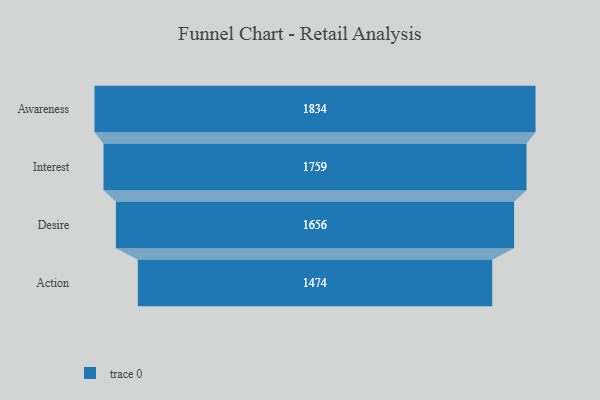
{"axis": {"x": "Stage", "y": "Value"}, "legend": [""], "data": [{"x": "Awareness", "y": 1834.0, "type": ""}, {"x": "Interest", "y": 1759.0, "type": ""}, {"x": "Desire", "y": 1656.0, "type": ""}, {"x": "Action", "y": 1474.0, "type": ""}]}